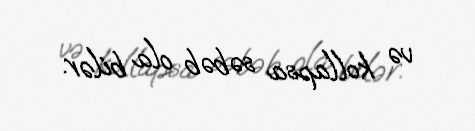
və kollapsa səbəb ola bilər.